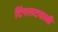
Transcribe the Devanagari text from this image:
टिंगलटवाळी